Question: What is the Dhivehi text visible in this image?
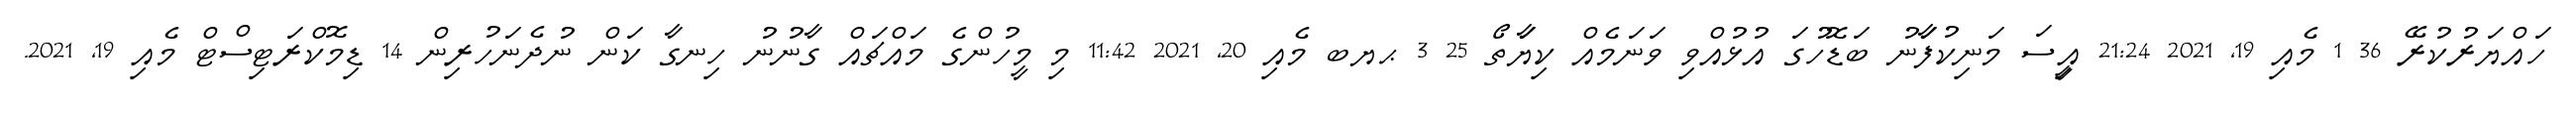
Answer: ހައްޔަރުކުރޭ 36 1 މެއި 19, 2021 21:24 އިީސަ މަނިކުފަާނު ބަޑޮހުގަ އުޅުއްވި ވަނަމެއް ކިޔަާތޯ 25 3 ޙޔބ މެއި 20, 2021 11:42 މި މީހުންގެ މައްޗައް ގާނުނު ހިނގާ ކަން ނުދެނަހުރިން 14 ޑިމޮކްރަޓިސްޓް މެއި 19, 2021.